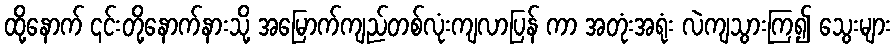
ထို့နောက် ၎င်းတို့နောက်နားသို့ အမြောက်ကျည်တစ်လုံးကျလာပြန် ကာ အတုံးအရုံး လဲကျသွားကြ၍ သွေးများ